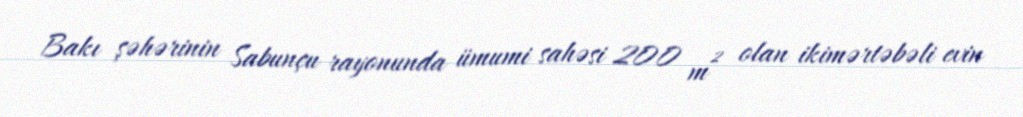
Bakı şəhərinin Sabunçu rayonunda ümumi sahəsi 200 m² olan ikimərtəbəli evin